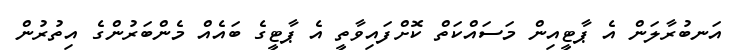
އަނބުރާލަން އެ ޕާޓީއިން މަސައްކަތް ކޮށްފައިވާތީ އެ ޕާޓީގެ ބައެއް މެންބަރުންގެ އިތުރުން